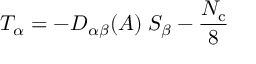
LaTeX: { \cal T } _ { \alpha } = - D _ { \alpha \beta } ( A ) \; { \cal S } _ { \beta } - \frac { N _ { \mathrm { c } } } 8